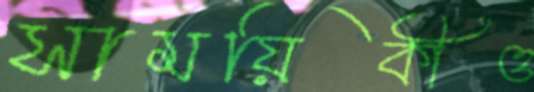
সাময়িকীও